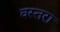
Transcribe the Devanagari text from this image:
वस्तरा